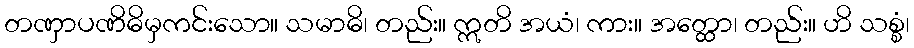
တဏှာပဏိဓိမှကင်းသော။ သမာဓိ၊ တည်း။ ဣတိ အယံ၊ ကား။ အတ္ထော၊ တည်း။ ဟိ သစ္စံ၊